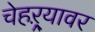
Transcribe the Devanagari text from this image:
चेहऱ्र्‍यावर